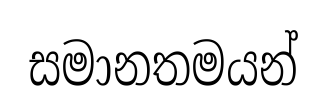
සමානතමයන්